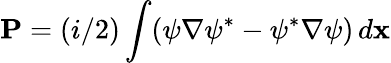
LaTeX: {\mathbf P}=(i/2)\int(\psi\nabla\psi^{*}-\psi^{*}\nabla\psi)\, d{\mathbf x}